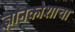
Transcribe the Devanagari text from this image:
ज्ञानकोशाचा